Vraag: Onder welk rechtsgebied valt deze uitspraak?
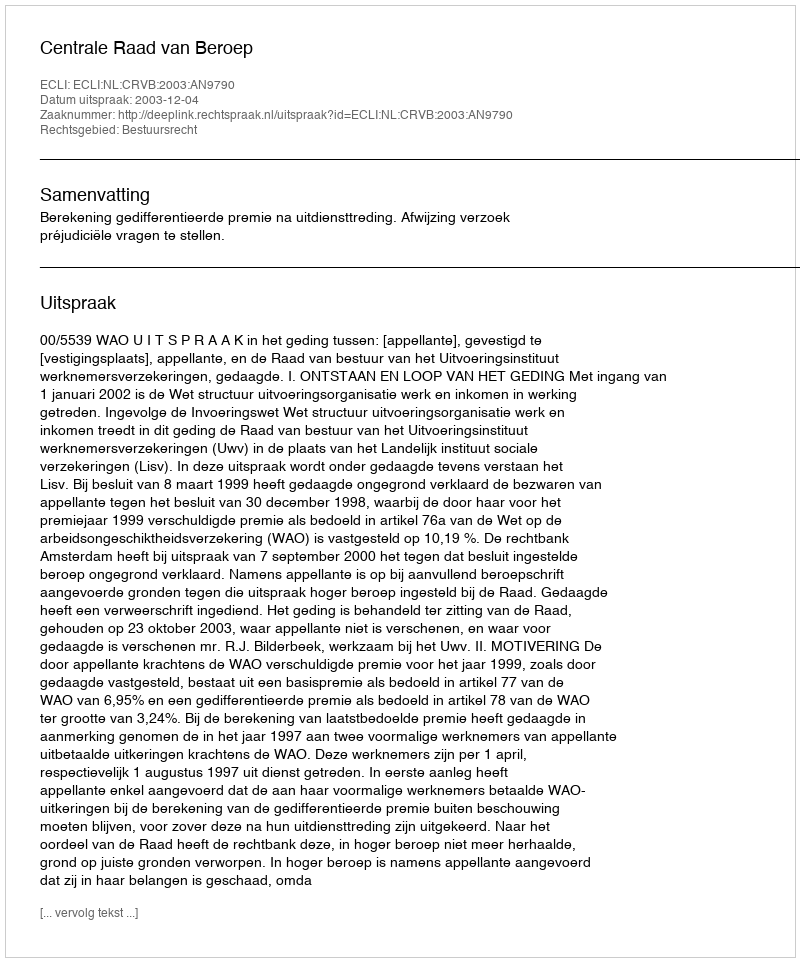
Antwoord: Bestuursrecht